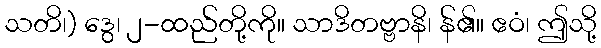
သတိ၊) ဒွေ၊ ၂-ထည်တို့ကို။ သာဒိတဗ္ဗာနိ၊ န်၏။ ဧဝံ၊ ဤသို့